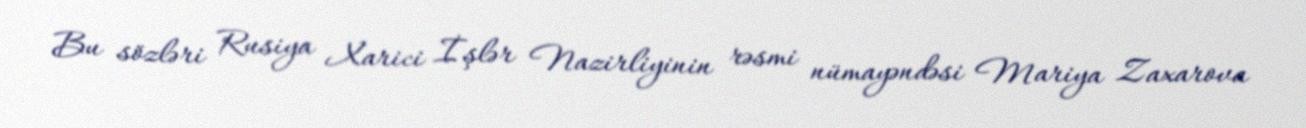
Bu sözləri Rusiya Xarici İşlər Nazirliyinin rəsmi nümayəndəsi Mariya Zaxarova